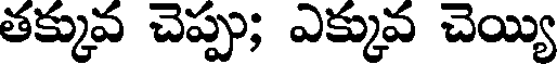
తక్కువ చెప్పు; ఎక్కువ చెయ్యి